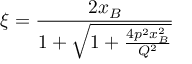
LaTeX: \xi = \frac { 2 x _ { B } } { 1 + \sqrt { 1 + \frac { 4 p ^ { 2 } x _ { B } ^ { 2 } } { Q ^ { 2 } } } }